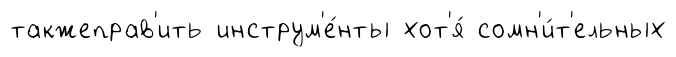
такжеправ'ить инструм'е́нты хот'я́ сомн'и́т'ельных